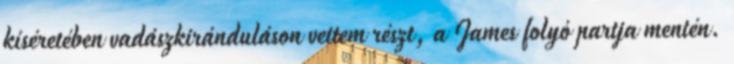
kíséretében vadászkiránduláson vettem részt, a James folyó partja mentén.